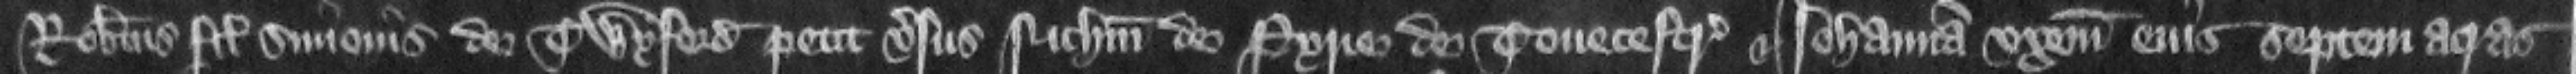
Robertus filius Simonis de Twyford petit versus Nicholaum de Pyrie de Touecestre et Iohannam vxorem eius septem acras